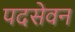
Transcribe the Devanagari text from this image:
पदसेवन